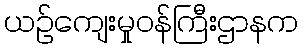
ယဉ်ကျေးမှုဝန်ကြီးဌာနက